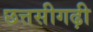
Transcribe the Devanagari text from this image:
छत्तसीगढ़ी